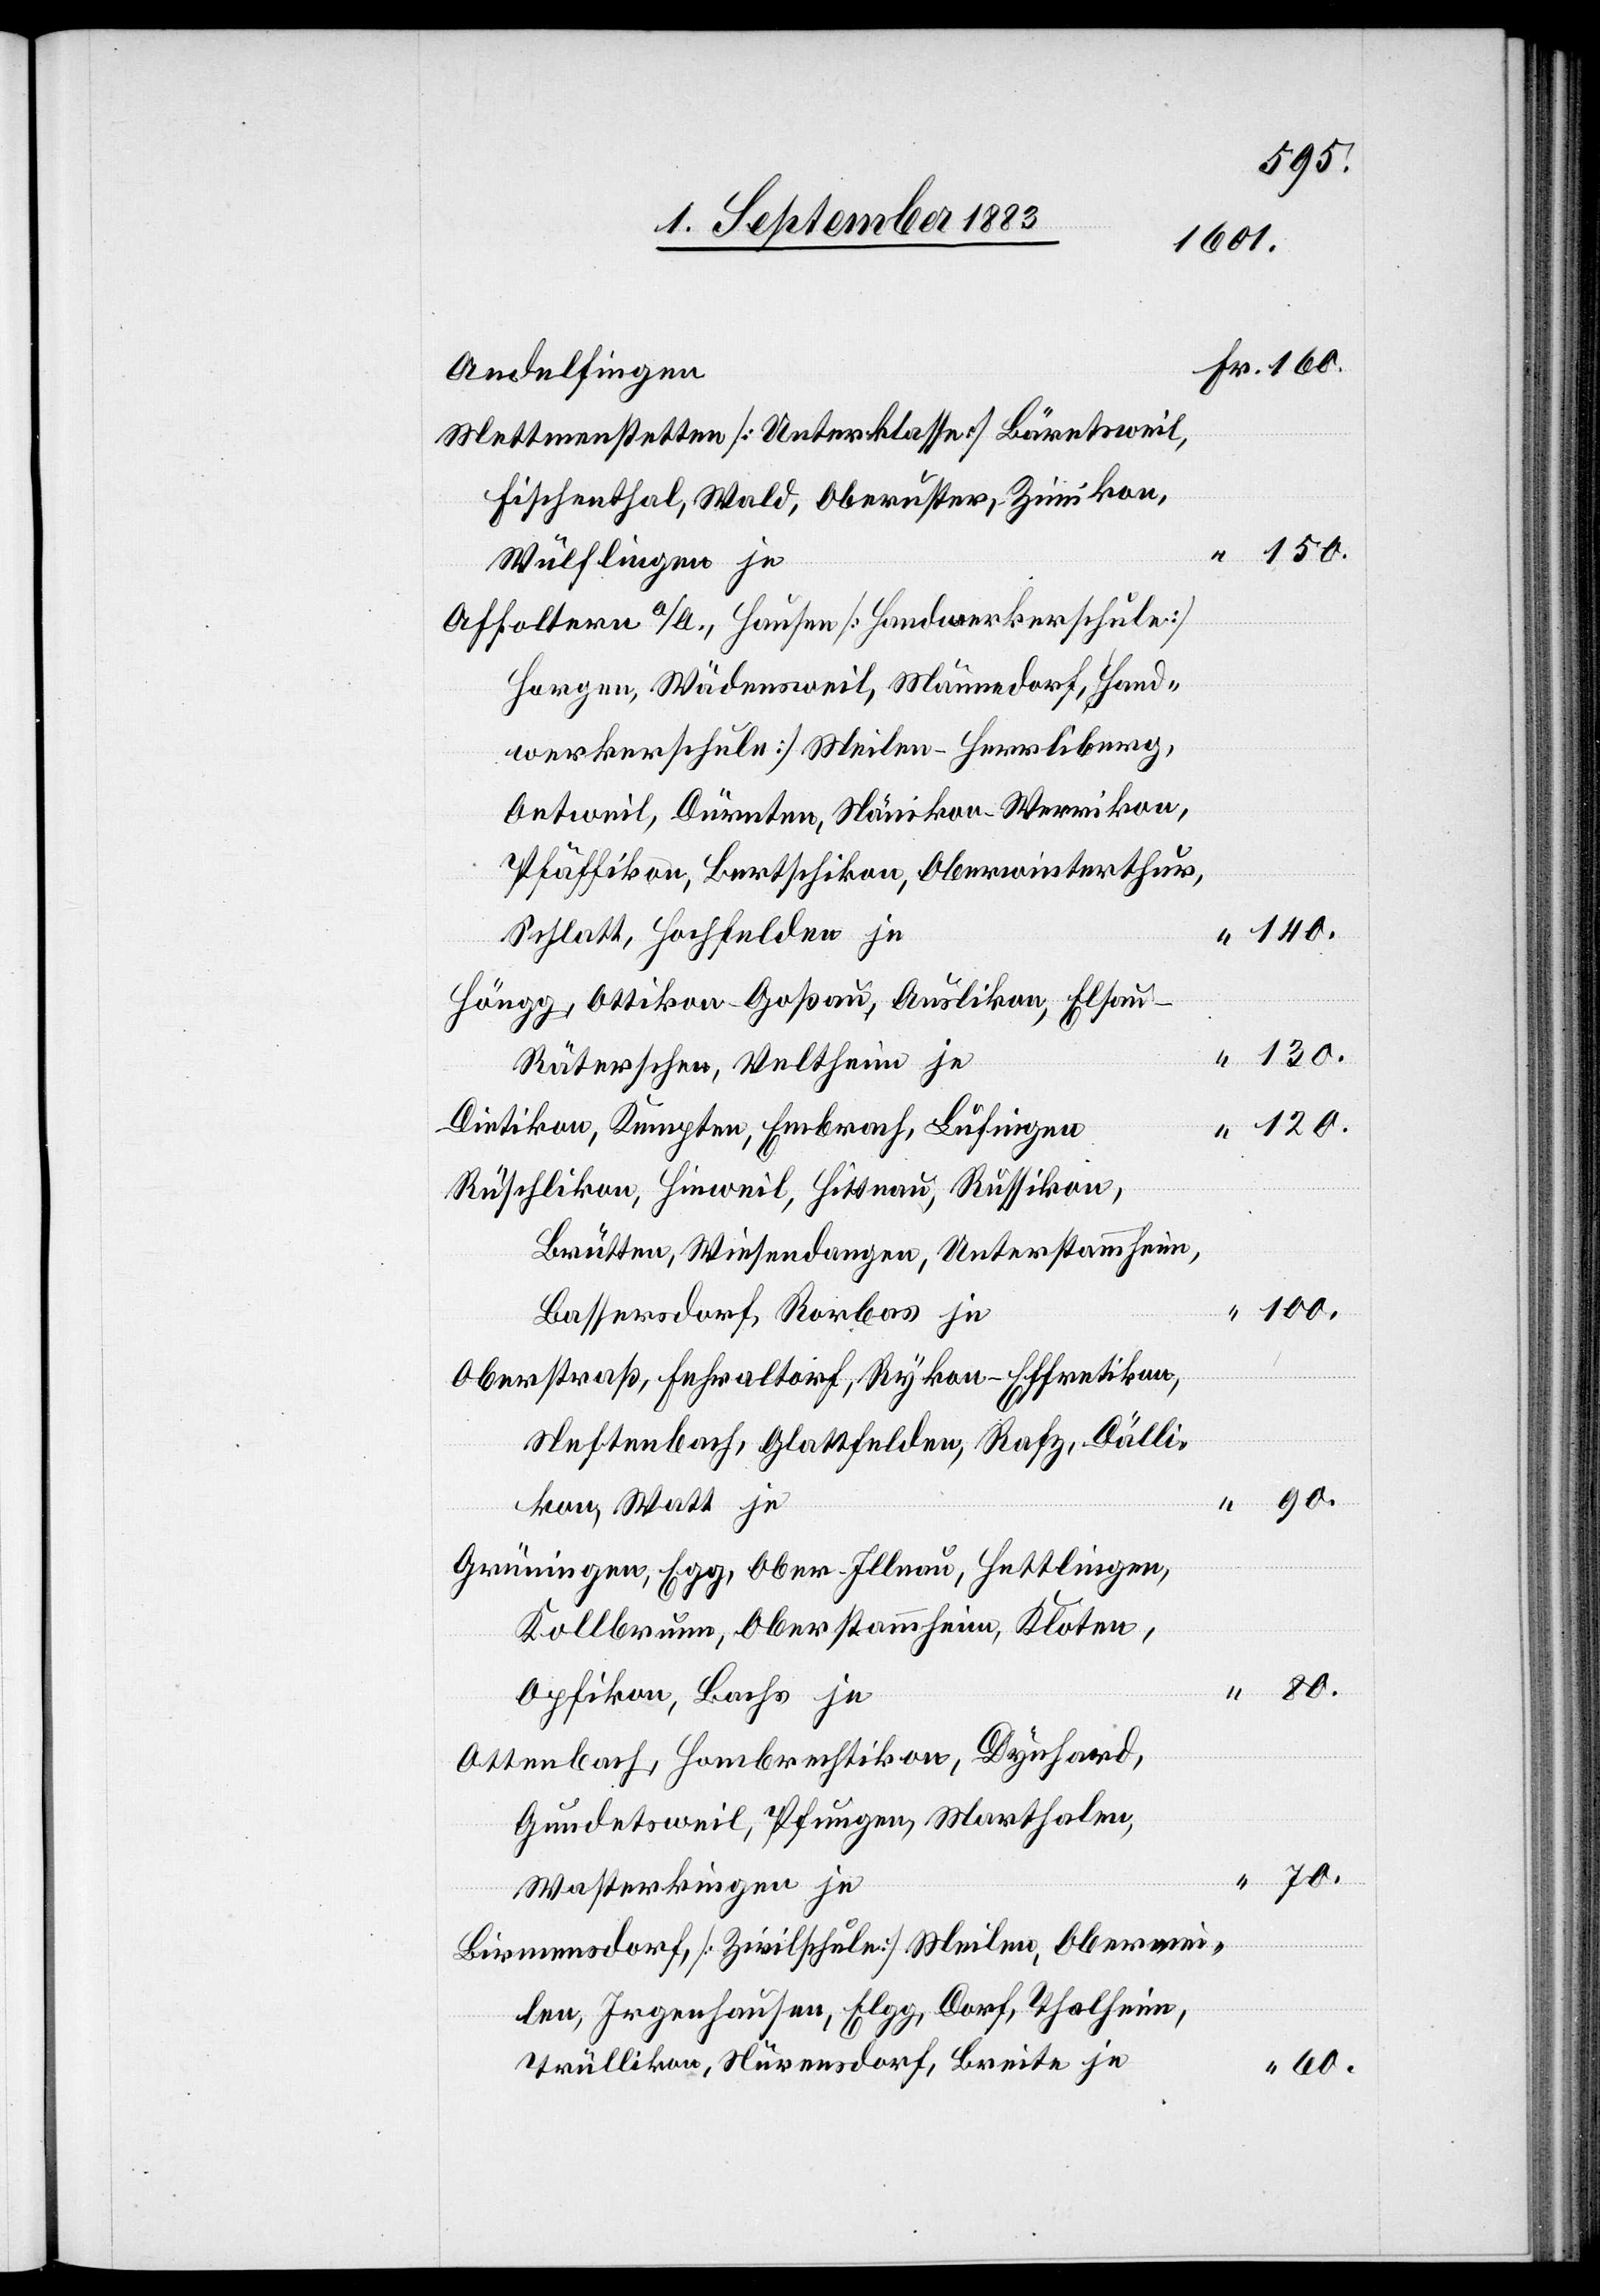
Andelfingen
Mettmenstetten [Unterklasse] Bäretsweil,
Fischenthal, Wald, Oberuster, Zimikon,
Wülflingen je
Affoltern a/A., Hausen [Handwerkerschule]
Horgen, Wädensweil, Männedorf [Hand¬
werkerschule] Meilen-Herrliberg,
Oetweil, Dürnten, Nänikon-Werrikon,
Pfäffikon, Bertschikon, Oberwinterthur,
Schlatt, Hochfelden je
Höngg, Ottikon-Goßau, Auslikon, Elsau-R¬
äterschen, Veltheim je
Dietikon, Kempten, Embrach, Lufingen
Rüschlikon, Hinweil, Hittnau, Russikon,
Brütten, Wiesendangen, Unterstammheim,
Bassersdorf, Rorbas je
Oberstraß, Fehraltorf, Rykon-Effretikon,
Neftenbach, Glattfelden, Rafz, Dälli¬
kon, Watt je
Grüningen, Egg, Ober-Illnau, Hettlingen,
Kollbrunn, Oberstammheim, Kloten,
Opfikon, Bachs je
Ottenbach, Hombrechtikon, Dynhard,
Gundetsweil, Pfungen, Marthalen,
Wasterkingen je
Birmensdorf [Zivilschule] Meilen, Obermei¬
len, Irgenhausen, Elgg, Dorf, Thalheim,
Trüllikon, Nürensdorf, Breite je

150
60